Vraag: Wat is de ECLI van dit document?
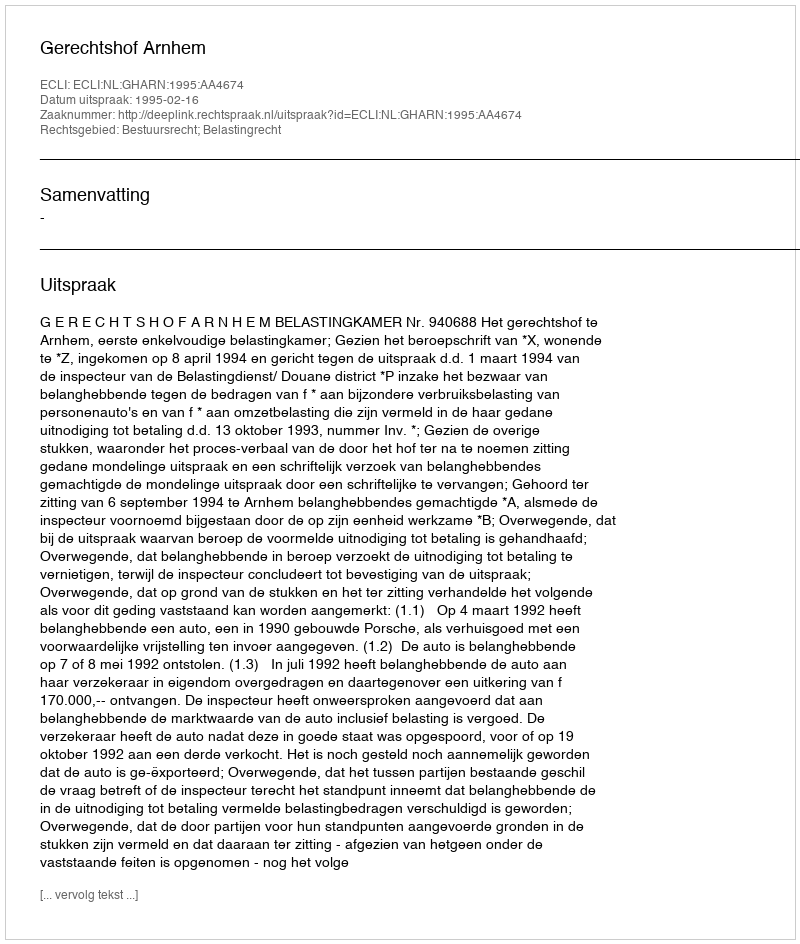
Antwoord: ECLI:NL:GHARN:1995:AA4674